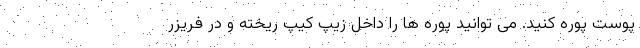
پوست پوره کنید. می توانید پوره ها را داخل زیپ کیپ ریخته و در فریزر